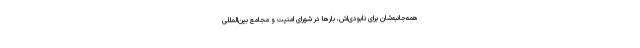
همه‌جانبه‌شان برای نابودی‌اش، بارها در شورای امنیت و مجامع بین‌المللی